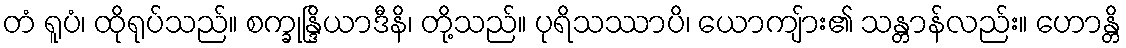
တံ ရူပံ၊ ထိုရုပ်သည်။ စက္ခုန္ဒြိယာဒီနိ၊ တို့သည်။ ပုရိသဿာပိ၊ ယောကျ်ား၏ သန္တာန်လည်း။ ဟောန္တိ